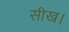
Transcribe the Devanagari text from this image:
सीख।